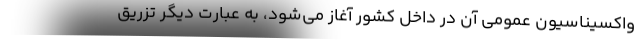
واکسیناسیون عمومی آن در داخل کشور آغاز می‌شود، به عبارت دیگر تزریق